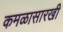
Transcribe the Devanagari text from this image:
कमळासारखी